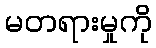
မတရားမှုကို